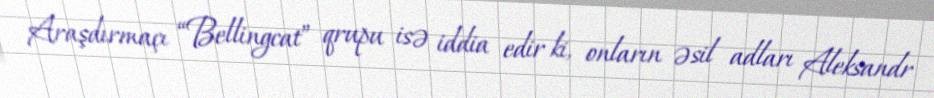
Araşdırmaçı “Bellingcat” qrupu isə iddia edir ki, onların əsil adları Aleksandr